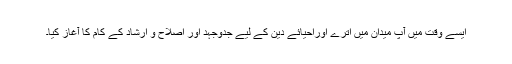
ایسے وقت میں آپ میدان میں اترے اوراحیائے دین کے لیے جدوجہد اور اصلاح و ارشاد کے کام کا آغاز کیا۔